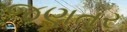
જણતર